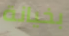
بخيانة